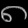
Digit: ၈